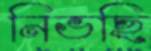
নিভছি